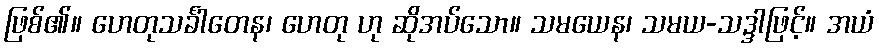
ဖြစ်၏။ ဟေတုသင်္ခါတေန၊ ဟေတု ဟု ဆိုအပ်သော။ သမယေန၊ သမယ-သဒ္ဒါဖြင့်။ အယံ